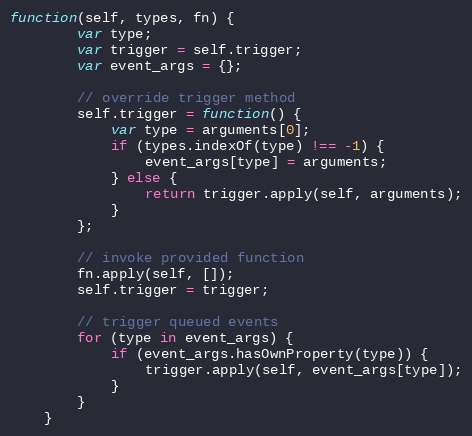
Language: JavaScript
function(self, types, fn) {
		var type;
		var trigger = self.trigger;
		var event_args = {};

		// override trigger method
		self.trigger = function() {
			var type = arguments[0];
			if (types.indexOf(type) !== -1) {
				event_args[type] = arguments;
			} else {
				return trigger.apply(self, arguments);
			}
		};

		// invoke provided function
		fn.apply(self, []);
		self.trigger = trigger;

		// trigger queued events
		for (type in event_args) {
			if (event_args.hasOwnProperty(type)) {
				trigger.apply(self, event_args[type]);
			}
		}
	}